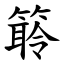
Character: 䉁